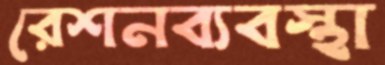
রেশনব্যবস্থা